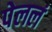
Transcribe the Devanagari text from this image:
पेललं